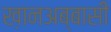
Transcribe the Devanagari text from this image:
ख़ानअब्बासी